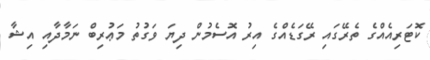
ކޮޓަރިއެއްގެ ތެރޭގައި ރޭގަޑެއްގެ އިރު އޮސެމުން ދިޔަ ވަގުތު މަޢުރިބް ނަމާދާއި އިޝާ